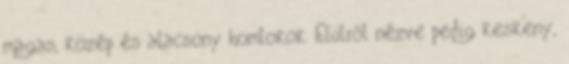
magas, közép és alacsony homlokok. Elülről nézve pedig keskeny,